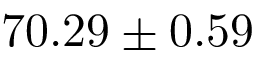
7 0 . 2 9 \pm 0 . 5 9